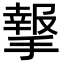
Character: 𢵨